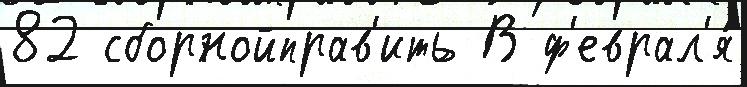
82 сборнойправ'ить В ф'еврал'я́